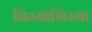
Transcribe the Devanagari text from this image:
निम्माशिम्मा